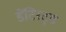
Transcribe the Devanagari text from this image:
डेंटिस्ट्स